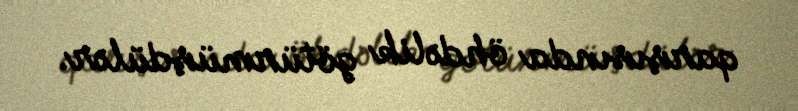
qarşısında öhdəlik götürmüşdülər.